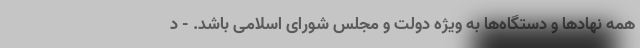
همه نهادها و دستگاه‌ها به ویژه دولت و مجلس شورای اسلامی باشد. - د